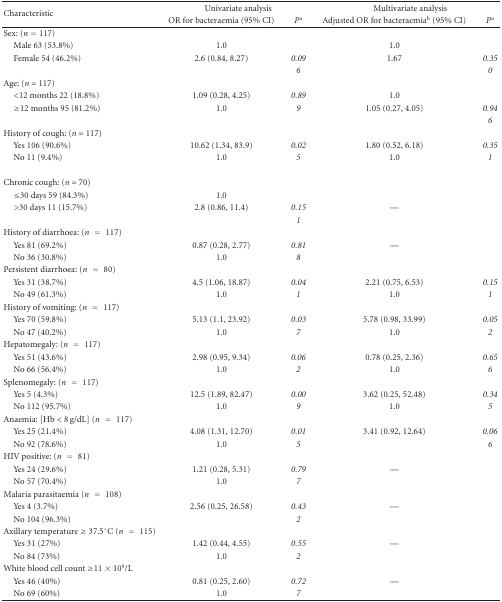
<table><thead><tr><td rowspan="2"><b>Characteristic</b></td><td colspan="2"><b>Univariate analysis</b></td><td colspan="2"><b>Multivariate analysis</b></td></tr><tr><td><b>OR for bacteraemia (95% CI)</b></td><td><b><i>P</i><sup>a</sup></b></td><td><b>Adjusted OR for bacteraemia<sup>b</sup> (95% CI)</b></td><td><b><i>P</i><sup>a</sup></b></td></tr></thead><tbody><tr><td>Sex: (<i>n</i> = 117)</td><td> </td><td> </td><td> </td><td> </td></tr><tr><td> Male 63 (53.8%)</td><td>1.0</td><td></td><td>1.0</td><td></td></tr><tr><td> Female 54 (46.2%)</td><td>2.6 (0.84, 8.27)</td><td><i>0.09</i></td><td>1.67</td><td><i>0.35</i></td></tr><tr><td></td><td></td><td><i>6</i></td><td></td><td><i>0</i></td></tr><tr><td>Age: (<i>n</i> = 117)</td><td></td><td></td><td></td><td></td></tr><tr><td> &lt;12 months 22 (18.8%)</td><td>1.09 (0.28, 4.25)</td><td><i>0.89</i></td><td>1.0</td><td></td></tr><tr><td> ≥12 months 95 (81.2%)</td><td>1.0</td><td><i>9</i></td><td>1.05 (0.27, 4.05)</td><td><i>0.94</i></td></tr><tr><td></td><td></td><td></td><td></td><td><i>6</i></td></tr><tr><td>History of cough: (<i>n </i>= 117)</td><td></td><td></td><td></td><td></td></tr><tr><td> Yes 106 (90.6%)</td><td>10.62 (1.34, 83.9)</td><td><i>0.02</i></td><td>1.80 (0.52, 6.18)</td><td><i>0.35</i></td></tr><tr><td> No 11 (9.4%)</td><td>1.0</td><td><i>5</i></td><td>1.0</td><td><i>1</i></td></tr><tr><td>Chronic cough: (<i>n </i>= 70)</td><td></td><td></td><td></td><td></td></tr><tr><td> ≤30 days 59 (84.3%)</td><td>1.0</td><td></td><td></td><td></td></tr><tr><td> &gt;30 days 11 (15.7%)</td><td>2.8 (0.86, 11.4)</td><td><i>0.15</i></td><td>—</td><td></td></tr><tr><td></td><td></td><td><i>1</i></td><td></td><td></td></tr><tr><td>History of diarrhoea: (<i>n</i> = 117)</td><td></td><td></td><td></td><td></td></tr><tr><td> Yes 81 (69.2%)</td><td>0.87 (0.28, 2.77)</td><td><i>0.81</i></td><td>—</td><td></td></tr><tr><td> No 36 (30.8%)</td><td>1.0</td><td><i>8</i></td><td></td><td></td></tr><tr><td>Persistent diarrhoea: (<i>n</i> = 80)</td><td></td><td></td><td></td><td></td></tr><tr><td> Yes 31 (38.7%)</td><td>4.5 (1.06, 18.87)</td><td><i>0.04</i></td><td>2.21 (0.75, 6.53)</td><td><i>0.15</i></td></tr><tr><td> No 49 (61.3%)</td><td>1.0</td><td><i>1</i></td><td>1.0</td><td><i>1</i></td></tr><tr><td>History of vomiting: (<i>n</i> = 117)</td><td></td><td></td><td></td><td></td></tr><tr><td> Yes 70 (59.8%)</td><td>5.13 (1.1, 23.92)</td><td><i>0.03</i></td><td>5.78 (0.98, 33.99)</td><td><i>0.05</i></td></tr><tr><td> No 47 (40.2%)</td><td>1.0</td><td><i>7</i></td><td>1.0</td><td><i>2</i></td></tr><tr><td>Hepatomegaly: (<i>n</i> = 117)</td><td></td><td></td><td></td><td></td></tr><tr><td> Yes 51 (43.6%)</td><td>2.98 (0.95, 9.34)</td><td><i>0.06</i></td><td>0.78 (0.25, 2.36)</td><td><i>0.65</i></td></tr><tr><td> No 66 (56.4%)</td><td>1.0</td><td><i>2</i></td><td>1.0</td><td><i>6</i></td></tr><tr><td>Splenomegaly: (<i>n</i> = 117)</td><td></td><td></td><td></td><td></td></tr><tr><td> Yes 5 (4.3%)</td><td>12.5 (1.89, 82.47)</td><td><i>0.00</i></td><td>3.62 (0.25, 52.48)</td><td><i>0.34</i></td></tr><tr><td> No 112 (95.7%)</td><td>1.0</td><td><i>9</i></td><td>1.0</td><td><i>5</i></td></tr><tr><td>Anaemia: [Hb &lt; 8 g/dL] (<i>n</i> = 117)</td><td></td><td></td><td></td><td></td></tr><tr><td> Yes 25 (21.4%)</td><td>4.08 (1.31, 12.70)</td><td><i>0.01</i></td><td>3.41 (0.92, 12.64)</td><td><i>0.06</i></td></tr><tr><td> No 92 (78.6%)</td><td>1.0</td><td><i>5</i></td><td></td><td><i>6</i></td></tr><tr><td>HIV positive: (<i>n</i> = 81)</td><td></td><td></td><td></td><td></td></tr><tr><td> Yes 24 (29.6%)</td><td>1.21 (0.28, 5.31)</td><td><i>0.79</i></td><td>—</td><td></td></tr><tr><td> No 57 (70.4%)</td><td>1.0</td><td><i>7</i></td><td></td><td></td></tr><tr><td>Malaria parasitaemia (<i>n</i> = 108)</td><td></td><td></td><td></td><td></td></tr><tr><td> Yes 4 (3.7%)</td><td>2.56 (0.25, 26.58)</td><td><i>0.43</i></td><td>—</td><td></td></tr><tr><td> No 104 (96.3%)</td><td></td><td><i>2</i></td><td></td><td></td></tr><tr><td>Axillary temperature ≥ 37.5°C (<i>n</i> = 115)</td><td></td><td></td><td></td><td></td></tr><tr><td> Yes 31 (27%)</td><td>1.42 (0.44, 4.55)</td><td><i>0.55</i></td><td>—</td><td></td></tr><tr><td> No 84 (73%)</td><td>1.0</td><td><i>2</i></td><td></td><td></td></tr><tr><td>White blood cell count ≥11 × 10<sup>9</sup>/L</td><td></td><td></td><td></td><td></td></tr><tr><td> Yes 46 (40%)</td><td>0.81 (0.25, 2.60)</td><td><i>0.72</i></td><td>—</td><td></td></tr><tr><td> No 69 (60%)</td><td>1.0</td><td><i>7</i></td><td></td><td></td></tr></tbody></table>